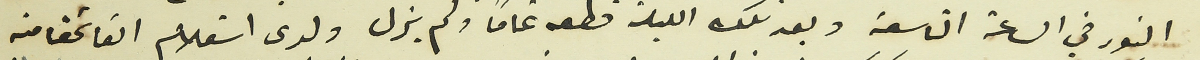
النور في الساعة التاسعة وبعد تلك الليلة قطعه تماماً ولم يزل ولدى استعلام القائمقامية